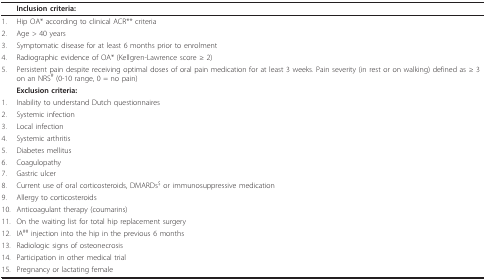
<table><thead><tr><td></td><td><b>Inclusion criteria:</b></td></tr></thead><tbody><tr><td>1.</td><td>Hip OA* according to clinical ACR** criteria</td></tr><tr><td>2.</td><td>Age &gt; 40 years</td></tr><tr><td>3.</td><td>Symptomatic disease for at least 6 months prior to enrolment</td></tr><tr><td>4.</td><td>Radiographic evidence of OA* (Kellgren-Lawrence score ≥ 2)</td></tr><tr><td>5.</td><td>Persistent pain despite receiving optimal doses of oral pain medication for at least 3 weeks. Pain severity (in rest or on walking) defined as ≥ 3 on an NRS<sup># </sup>(0-10 range, 0 = no pain)</td></tr><tr><td></td><td><b>Exclusion criteria:</b></td></tr><tr><td>1.</td><td>Inability to understand Dutch questionnaires</td></tr><tr><td>2.</td><td>Systemic infection</td></tr><tr><td>3.</td><td>Local infection</td></tr><tr><td>4.</td><td>Systemic arthritis</td></tr><tr><td>5.</td><td>Diabetes mellitus</td></tr><tr><td>6.</td><td>Coagulopathy</td></tr><tr><td>7.</td><td>Gastric ulcer</td></tr><tr><td>8.</td><td>Current use of oral corticosteroids, DMARDs<sup>$ </sup>or immunosuppressive medication</td></tr><tr><td>9.</td><td>Allergy to corticosteroids</td></tr><tr><td>10.</td><td>Anticoagulant therapy (coumarins)</td></tr><tr><td>11.</td><td>On the waiting list for total hip replacement surgery</td></tr><tr><td>12.</td><td>IA<sup>## </sup>injection into the hip in the previous 6 months</td></tr><tr><td>13.</td><td>Radiologic signs of osteonecrosis</td></tr><tr><td>14.</td><td>Participation in other medical trial</td></tr><tr><td>15.</td><td>Pregnancy or lactating female</td></tr></tbody></table>